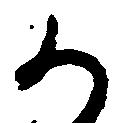
か